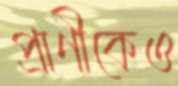
প্রাণীকেও